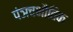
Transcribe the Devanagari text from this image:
पंञचभौतिक